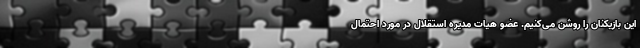
این بازیکنان را روشن می‌کنیم. عضو هیات مدیره استقلال در مورد احتمال